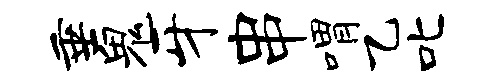
垂鬼牙串喟乙叱